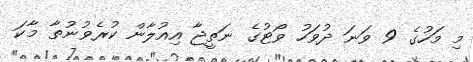
މި މަހުގެ 9 ވަނަ ދުވަހު ވޯޓުގެ ނަތީޖާ އިއުލާން ކުރެވުނުތާ މާކަ